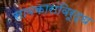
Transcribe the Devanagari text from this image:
सावकारांविरूद्ध